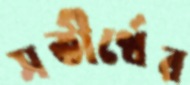
সতীর্থের